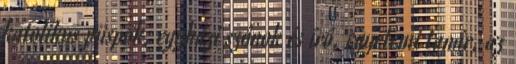
katolikus püspök, egyházi szónok és író, egyetemi tanár, az